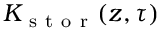
K _ { \mathrm { ~ s ~ t ~ o ~ r ~ } } ( z , \tau )